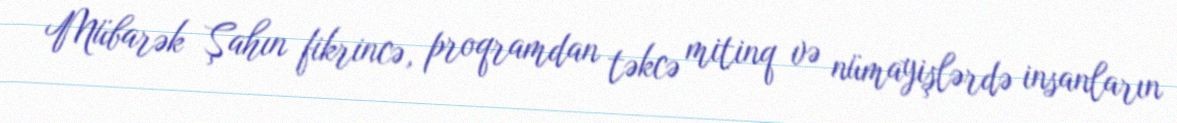
Mübarək Şahın fikrincə, proqramdan təkcə mitinq və nümayişlərdə insanların